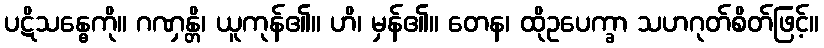
ပဋိသန္ဓေကို။ ဂဏှန္တိ၊ ယူကုန်၏။ ဟိ၊ မှန်၏။ တေန၊ ထိုဥပေက္ခာ သဟဂုတ်စိတ်ဖြင့်။